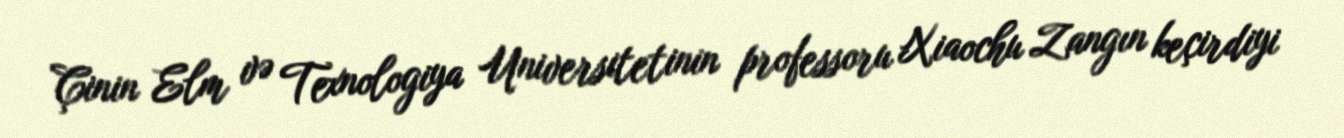
Çinin Elm və Texnologiya Universitetinin professoru Xiaochu Zangın keçirdiyi